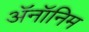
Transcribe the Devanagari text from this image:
ॲनॉनिम